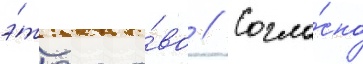
э́то сло́во // Согла́сно